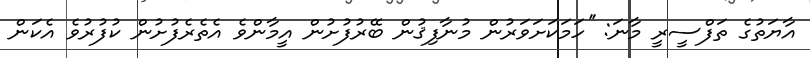
އާޔަތުގެ ތަފްސީރީ މާނަ: ''ހަމަކަށަވަރުން މުނާފިޤުން ބޭރުފުށުން އީމާންވެ އެތެރެފުށުން ކުފުރުވެ އެކަން